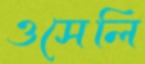
ওসেলি